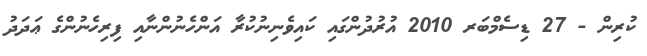
ކުރިން - 27 ޑިސެމްބަރ 2010 އުރުދުންގައި ކައިވެނިނުކުރާ އަންހެނުންނާއި ފިރިހެނުންގެ ޢަދަދު